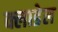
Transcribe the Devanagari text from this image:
क्लाडेल